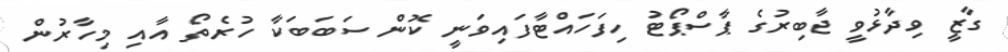
ގާޒީ ވިދާޅުވީ ޖާބިރުގެ ޕާސްޕޯޓު ހިފަހައްޓާފައިވަނީ ކޮން ސަބަބަކާ ހުރެތޯ އާއި މިހާރުން